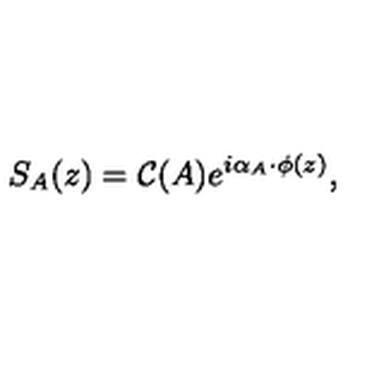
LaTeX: S _ { A } ( z ) = { \cal C } ( A ) e ^ { i \alpha _ { A } \cdot \phi ( z ) } ,